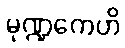
မုဏ္ဍကေဟိ